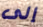
إلى